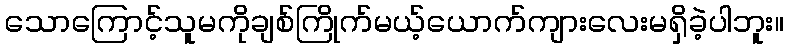
သောကြောင့်သူမကိုချစ်ကြိုက်မယ့်ယောက်ကျားလေးမရှိခဲ့ပါဘူး။